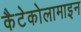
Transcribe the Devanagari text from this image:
कैटेकोलामाइन